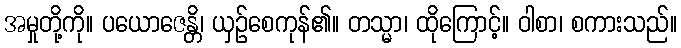
အမှုတို့ကို။ ပယောဇေန္တိ၊ ယှဉ်စေကုန်၏။ တသ္မာ၊ ထိုကြောင့်။ ဝါစာ၊ စကားသည်။